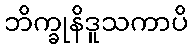
ဘိက္ခုနိဒူသကာပိ